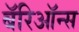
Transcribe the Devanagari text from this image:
बॅरिऑन्स